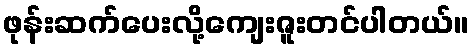
ဖုန်းဆက်ပေးလို့ကျေးဇူးတင်ပါတယ်။